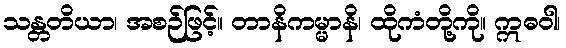
သန္တတိယာ၊ အစဉ်ဖြင့်။ တာနိကမ္မာနိ၊ ထိုကံတို့ကို။ ဣဓဝါ၊